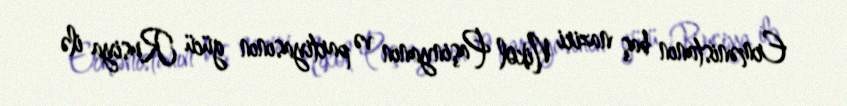
Ermənistanın baş naziri Nikol Paşinyanın və partiyasının gücü Rusiya ilə